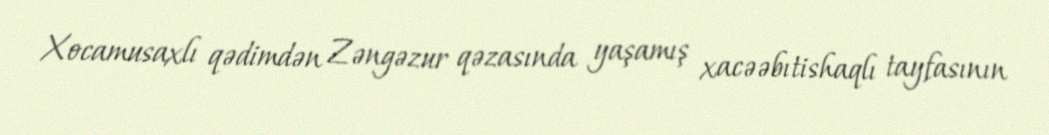
Xocamusaxlı qədimdən Zəngəzur qəzasında yaşamış xacəəbıtishaqlı tayfasının